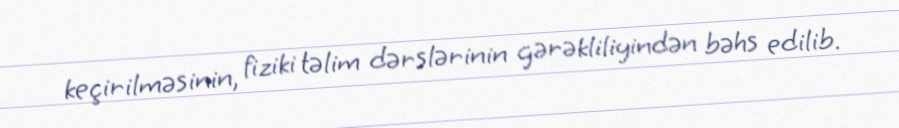
keçirilməsinin, fiziki təlim dərslərinin gərəkliliyindən bəhs edilib.